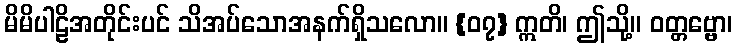
မိမိပါဠိအတိုင်းပင် သိအပ်သောအနက်ရှိသလော။ {၀၇} ဣတိ၊ ဤသို့။ ဝတ္တဗ္ဗော၊